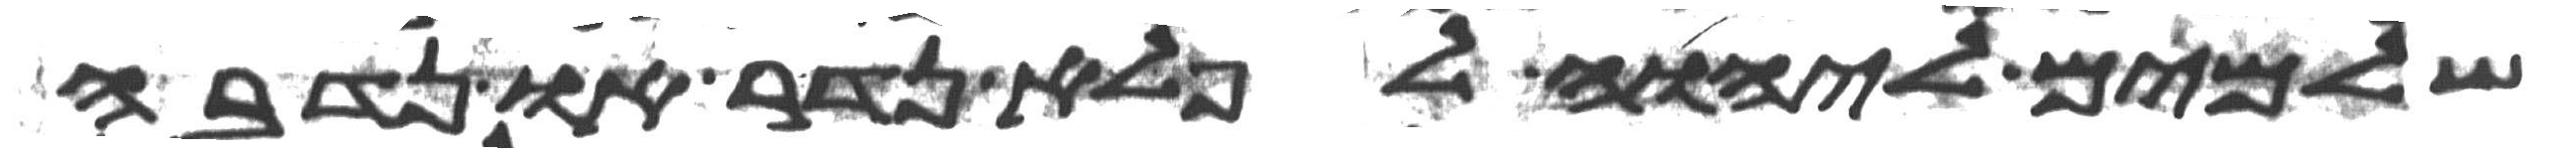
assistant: שלמים ליהוה לפלא נדר או נדבה